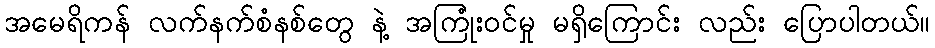
အမေရိကန် လက်နက်စံနစ်တွေ နဲ့ အကြုံးဝင်မှု မရှိကြောင်း လည်း ပြောပါတယ်။